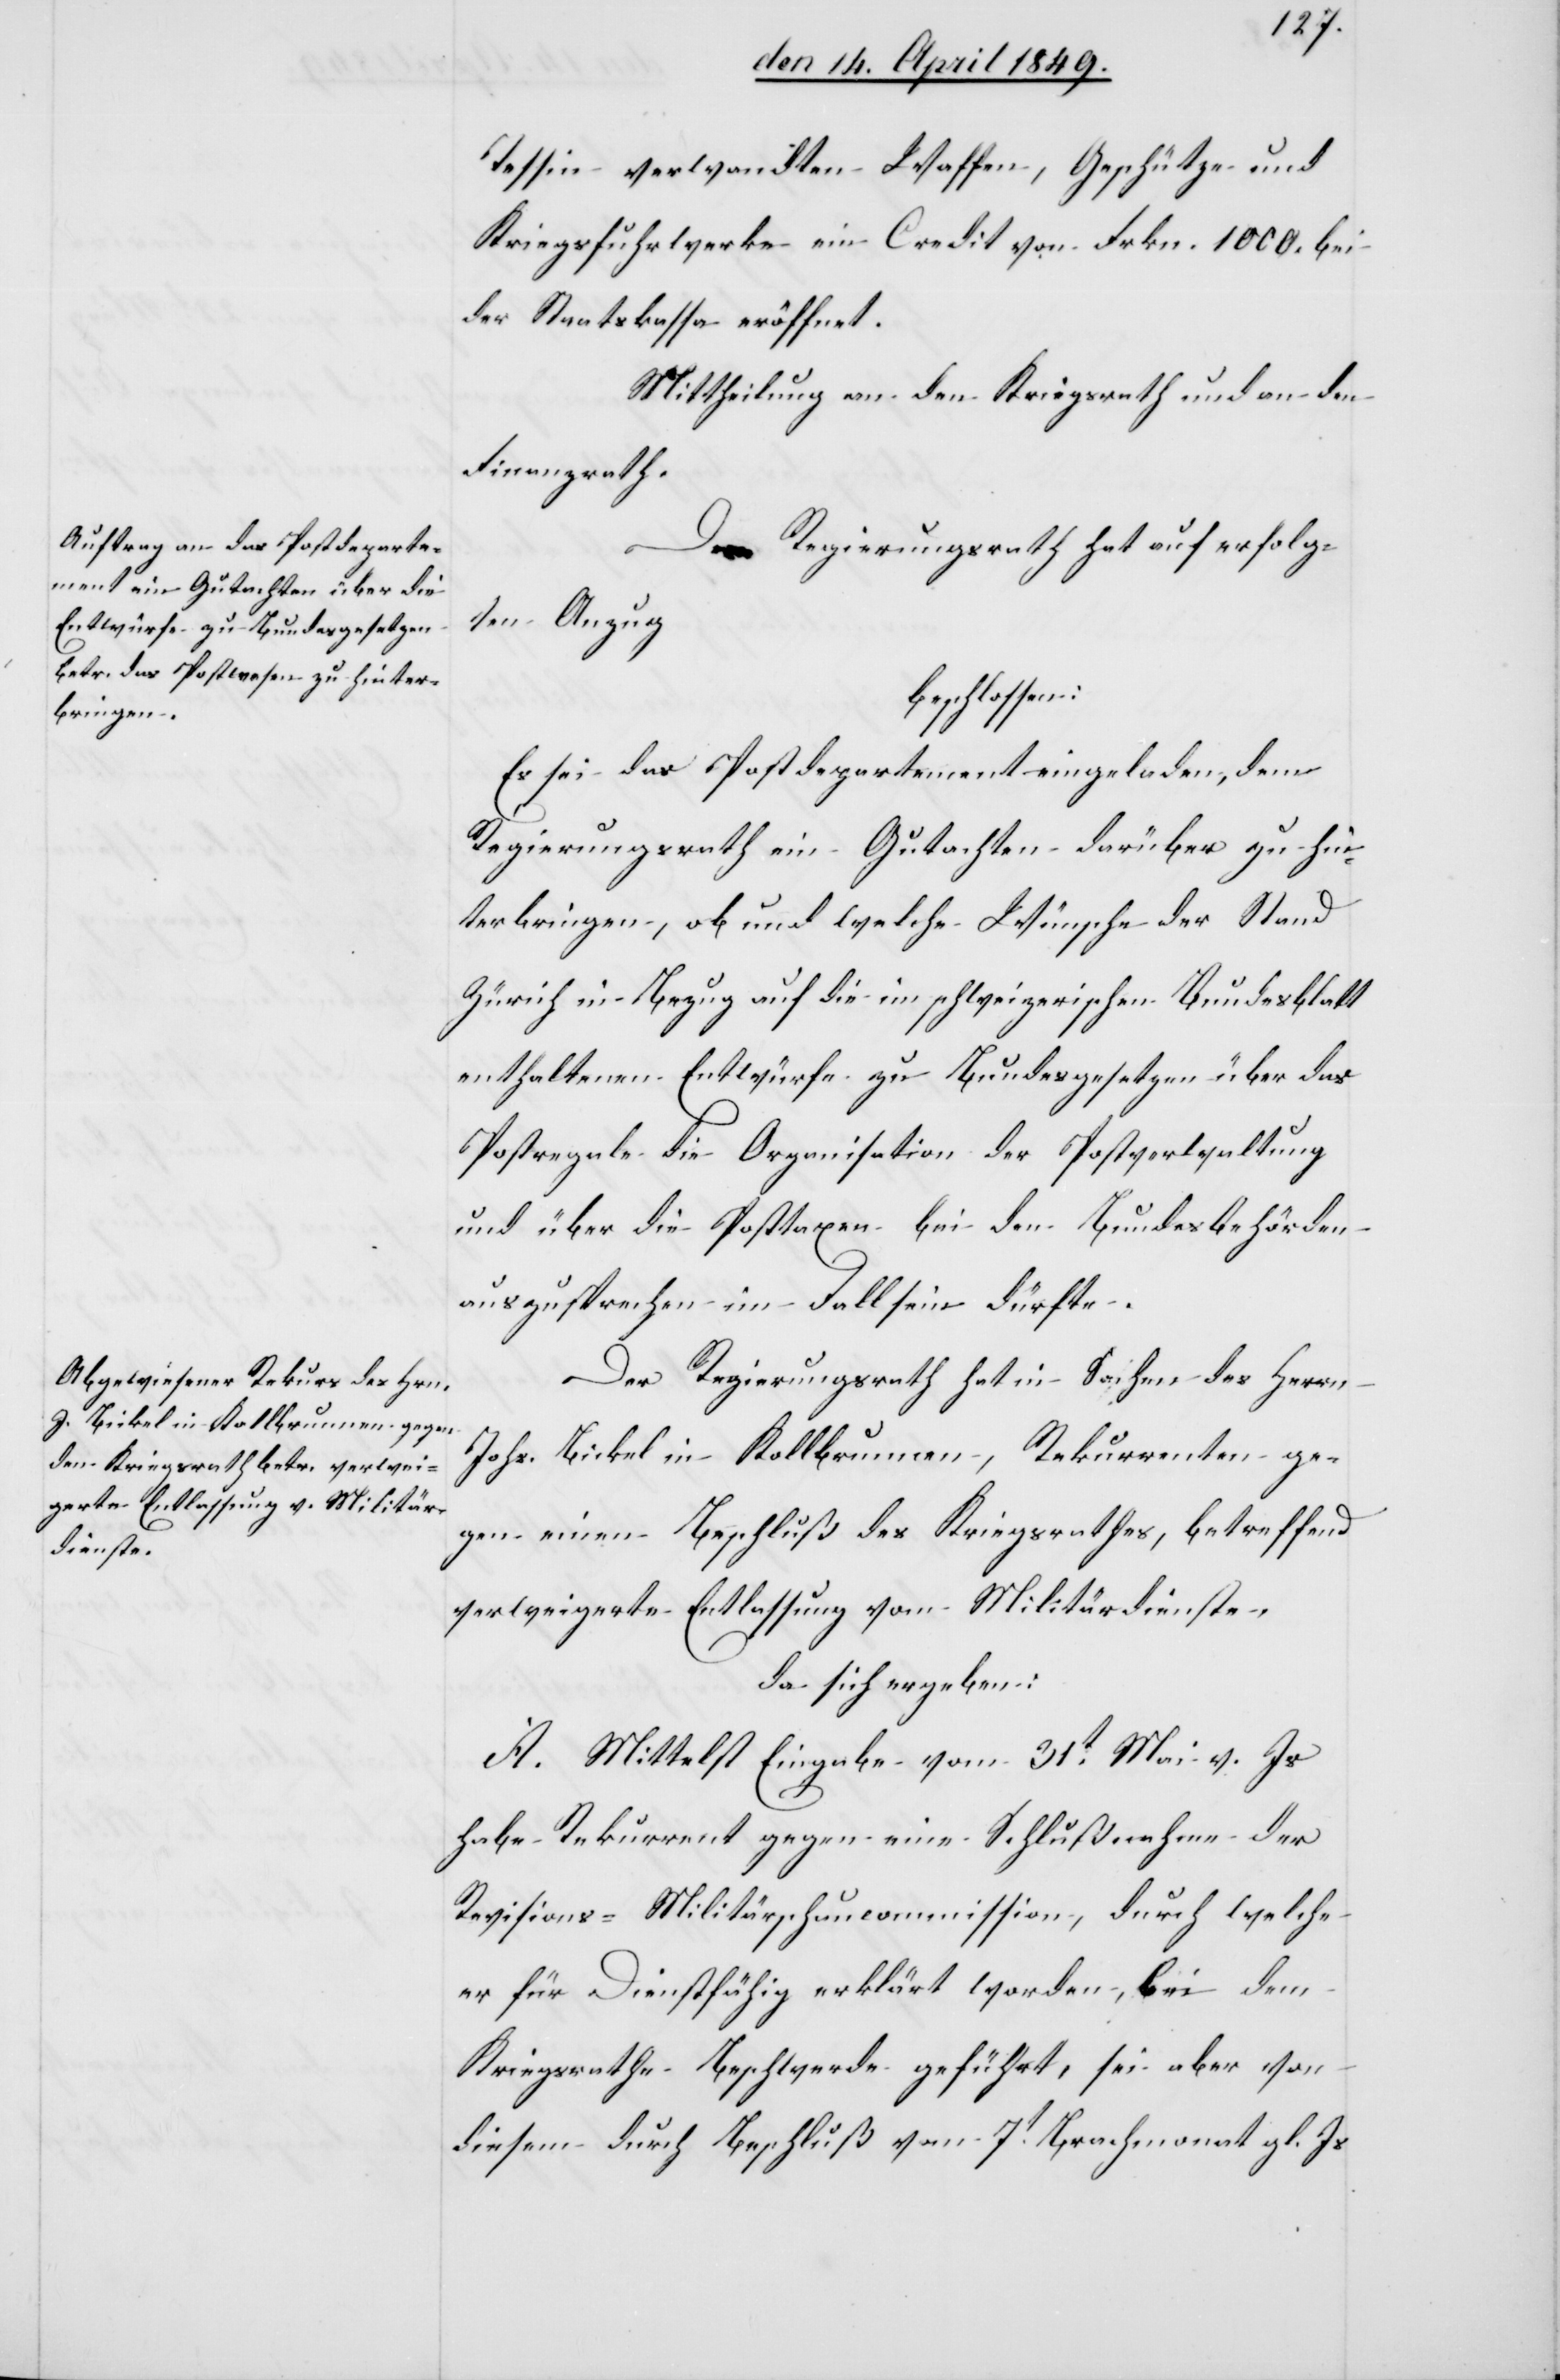
Tessin verwandten Waffen, Geschütze und
Kriegsfuhrwerke ein Credit von Frkn. 1000. bei
der Staatskassa eröffnet.
Mittheilung an den Kriegsrath und an den
Finanzrath.
Der Regierungsrath hat auf erfolg¬
ten Anzug
beschlossen:
Es sei das Postdepartement eingeladen, dem
Regierungsrath ein Gutachten darüber zu hin¬
terbringen, ob und welche Wünsche der Stand
Zürich in Bezug auf die im schweizerischen Bundesblatt
enthaltenen Entwürfe zu Bundesgesetzen über das
Postregale[,] die Organisation der Postverwaltung
und über die Posttaxen beiden Bundesbehörden
auszusprechen im Fall sein dürfte.
Der Regierungsrath hat in Sachen des Herrn
Johs. Bickel in Kollbrunnen, Rekurrenten ge¬
gen einen Beschluß des Kriegsrathes, betreffend
verweigerte Entlassung von Militärdiensten,
da sich ergeben:
A. Mittelst Eingabe vom 31t Mai v. Js.
habe Rekurrent gegen eine Schlußnahme der
Revisions-Militärschaucommission, durch welche
er für Dienstfähig erklärt worden, bei dem
Kriegsrathe Beschwerde geführt, sei aber von
diesem durch Beschluß von 7t Brachmonat gl. Js.